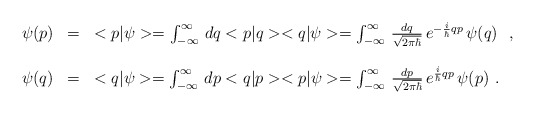
\begin{align*}\begin{array}{r c l}\psi(p)&=&<p|\psi>=\int_{-\infty}^\infty\,dq<p|q><q|\psi>=\int_{-\infty}^\infty\,\frac{dq}{\sqrt{2\pi\hbar}}\,e^{-\frac{i}{\hbar}qp}\,\psi(q)\ \ ,\ \ \\ & & \\\psi(q)&=&<q|\psi>=\int_{-\infty}^\infty\,dp<q|p><p|\psi>=\int_{-\infty}^\infty\,\frac{dp}{\sqrt{2\pi\hbar}}\,e^{\frac{i}{\hbar}qp}\,\psi(p)\ .\end{array}\end{align*}